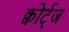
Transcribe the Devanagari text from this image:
क्वोर्ट्‌ज